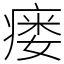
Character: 瘘